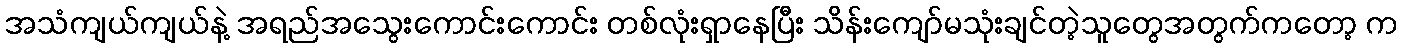
အသံကျယ်ကျယ်နဲ့ အရည်အသွေးကောင်းကောင်း တစ်လုံးရှာနေပြီး သိန်းကျော်မသုံးချင်တဲ့သူတွေအတွက်ကတော့ က